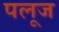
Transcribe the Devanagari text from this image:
पलूज